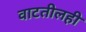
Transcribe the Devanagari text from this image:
वाटतीलही